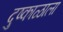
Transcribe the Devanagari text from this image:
दुष्काळाला